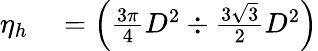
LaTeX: \begin{array}{rl}{\eta_{h}}&{{}=\left({\frac{3\pi}{4}}D^{2}\div{\frac{3{\sqrt{3}}}{2}}D^{2}\right)}\end{array}